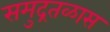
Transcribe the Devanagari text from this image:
समुद्रतळास